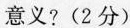
意义？(2分)